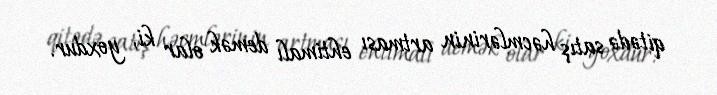
qitədə satış həcmlərinin artması ehtimalı demək olar ki, yoxdur.